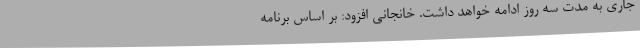
جاری به مدت سه روز ادامه خواهد داشت. خانجانی افزود: بر اساس برنامه